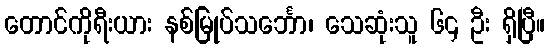
တောင်ကိုရီးယား နစ်မြုပ်သင်္ဘော၊ သေဆုံးသူ ၆၄ ဦး ရှိပြီ။